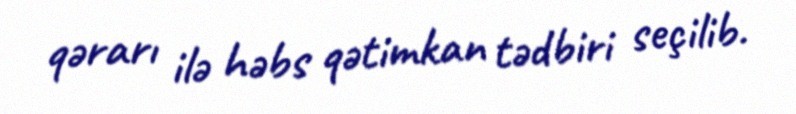
qərarı ilə həbs qətimkan tədbiri seçilib.